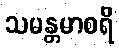
သမန္တမာစရိ